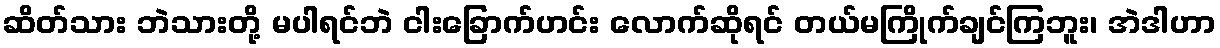
ဆိတ်သား ဘဲသားတို့ မပါရင်ဘဲ ငါးခြောက်ဟင်း လောက်ဆိုရင် တယ်မကြိုက်ချင်ကြဘူး၊ အဲဒါဟာ